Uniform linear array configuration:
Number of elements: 8
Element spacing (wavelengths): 1
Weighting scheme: blackman
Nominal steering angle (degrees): -30
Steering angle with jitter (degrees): -30.252
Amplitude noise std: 0.05
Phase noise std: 0.05

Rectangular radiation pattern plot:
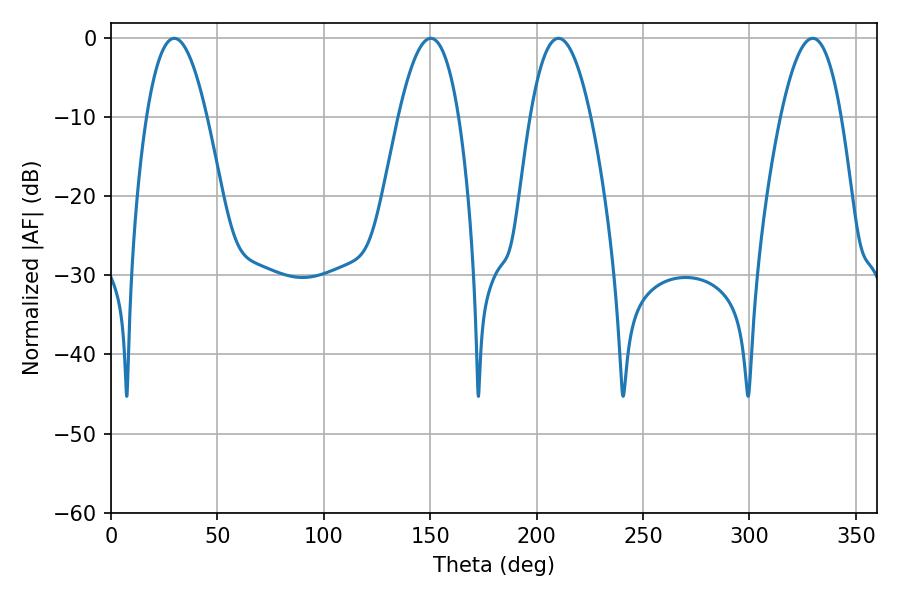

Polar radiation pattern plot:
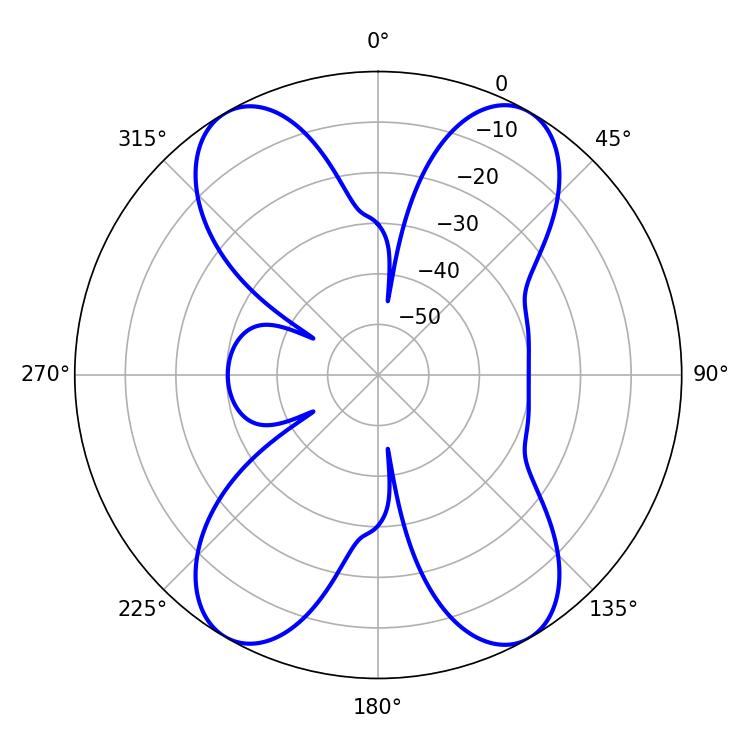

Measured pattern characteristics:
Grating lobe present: TRUE
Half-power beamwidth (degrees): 15.66
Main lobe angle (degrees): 210.24